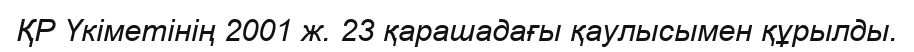
ҚР Үкіметінің 2001 ж. 23 қарашадағы қаулысымен құрылды.